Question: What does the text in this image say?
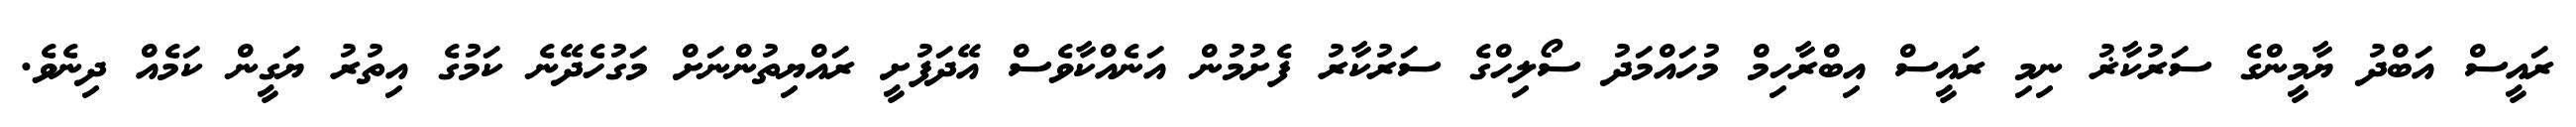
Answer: ރައީސް އަބްދު ޔާމީންގެ ސަރުކާޜު ނިމި ރައީސް އިބްރާހިމް މުހައްމަދު ސޯލިހްގެ ސަރުކާރު ފެށުމުން އަނެއްކާވެސް އޭދަފުށީ ރައްޔިތުންނަށް މަގުހެދޭނެ ކަމުގެ އިތުރު ޔަގީން ކަމެއް ދިނެވެ.